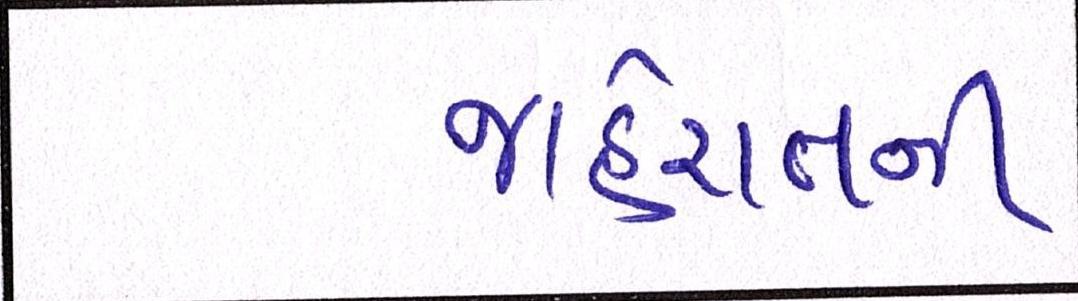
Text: જાહેરાતની